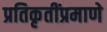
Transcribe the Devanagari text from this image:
प्रतिकृतींप्रमाणे